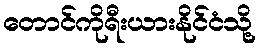
တောင်ကိုရီးယားနိုင်ငံသို့